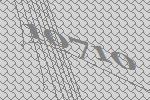
10710